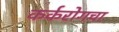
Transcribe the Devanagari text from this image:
कर्करोगचा